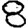
Digit: 8